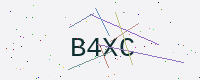
Text: B4XC